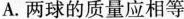
A.两球的质量应相等